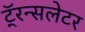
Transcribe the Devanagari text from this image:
टॅ्रन्सलेटर